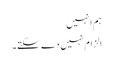
ہم انہیں
الزام نہیں دے سکتے۔